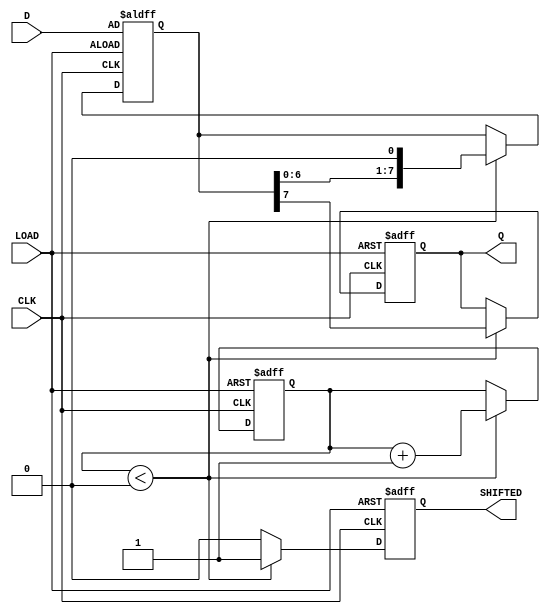
module PISO_Register (
    input wire [7:0] D,     // 8-bit data input
    input wire LOAD,        // Load control signal
    input wire CLK,         // Clock signal
    output reg Q,           // Serial output
    output reg SHIFTED      // Signal indicating when data has been shifted out
);

    reg [7:0] shift_reg;    // Internal shift register
    reg [2:0] bit_count;     // Counter to track shifted bits

    // Asynchronous reset (optional)
    always @(posedge CLK or posedge LOAD) begin
        if (LOAD) begin
            shift_reg <= D;  // Load data into shift register
            Q <= 1'b0;       // Set serial output to low during load
            bit_count <= 3'b0; // Reset bit counter
            SHIFTED <= 1'b0; // Reset shifted indicator
        end else begin
            if (bit_count < 3'd8) begin
                Q <= shift_reg[7]; // Shift out MSB
                shift_reg <= {shift_reg[6:0], 1'b0}; // Shift left
                bit_count <= bit_count + 1; // Increment bit counter
                SHIFTED <= 1'b1; // Set shifted indicator
            end else begin
                SHIFTED <= 1'b0; // Reset shifted indicator after shifting all bits
            end
        end
    end

endmodule